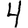
Digit: 4